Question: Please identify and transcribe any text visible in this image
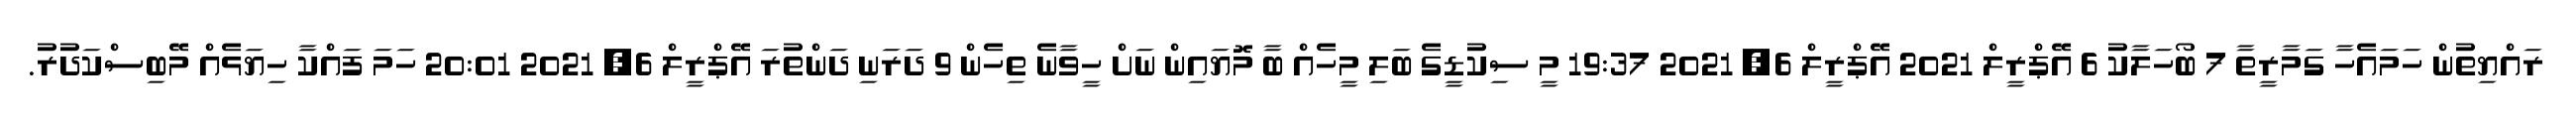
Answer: ރައްޔިތުން ހަމައެހާ ގަމާރީތާ 7 ބޯހަލާކު 6 އޭޕްރީލް 2021 އޭޕްރީލް 6, 2021 19:37 މީ ސިކުޑީގެ ބަލި މީހެއް ބާ މޮޔައިން ނަށް ހީވާނެ ތިހެން 9 ދަރަނި ދަންތުރަ އޭޕްރީލް 6, 2021 20:01 ހަމަ ފައްކާ ހިޔަޅެއް މޭބިސްކަދުރު.